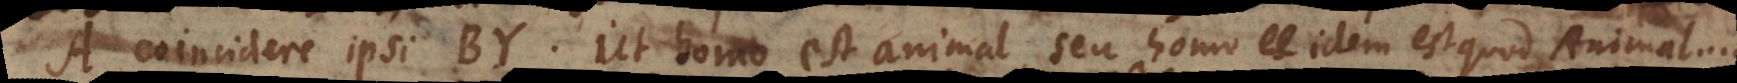
A coincidere ipsi BY. Ut homo est animal, seu homo idem est quod Animal....,